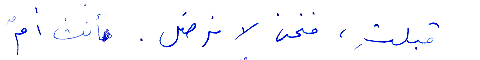
قبلتِ، فنحن لا نرضى. فأنت أمٌ